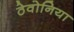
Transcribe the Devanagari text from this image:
ठेवोनिया